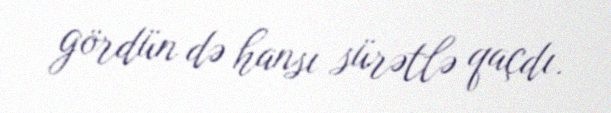
gördün də hansı sürətlə qaçdı.